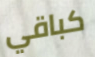
كباقي